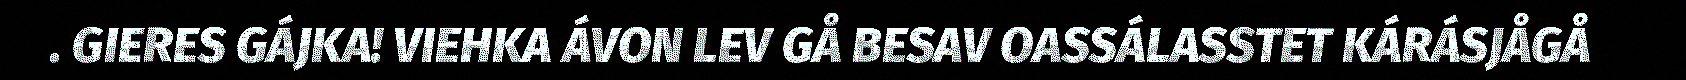
. GIERES GÁJKA! VIEHKA ÁVON LEV GÅ BESAV OASSÁLASSTET KÁRÁSJÅGÅ